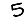
Digit: 5